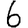
Digit: 6